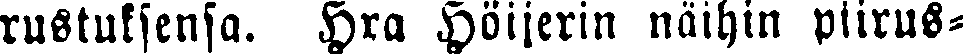
rustuksensa. Hra Höijerin näihin piirus-